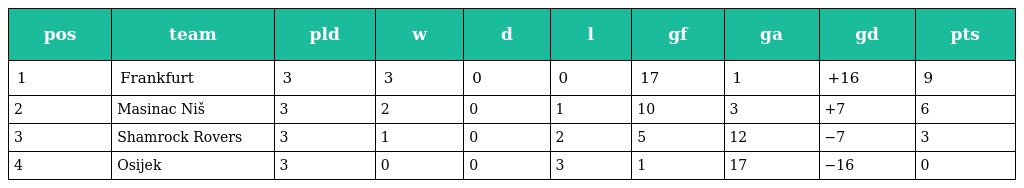
| pos | team | pld | w | d | l | gf | ga | gd | pts |
 | --- | --- | --- | --- | --- | --- | --- | --- | --- | --- |
 | 1 | Frankfurt | 3 | 3 | 0 | 0 | 17 | 1 | +16 | 9 |
 | 2 | Masinac Niš | 3 | 2 | 0 | 1 | 10 | 3 | +7 | 6 |
 | 3 | Shamrock Rovers | 3 | 1 | 0 | 2 | 5 | 12 | −7 | 3 |
 | 4 | Osijek | 3 | 0 | 0 | 3 | 1 | 17 | −16 | 0 |